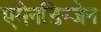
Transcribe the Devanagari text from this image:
एमेनडिन्जेन